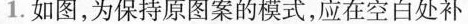
1.如图，为保持原图案的模式，应在空白处补